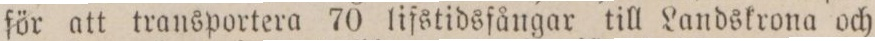
för att transportera 70 lifstidsfångar till Landskrona och